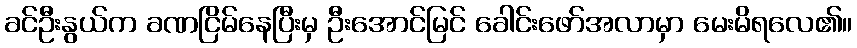
ခင်ဦးနွယ်က ခဏငြိမ်နေပြီးမှ ဦးအောင်မြင် ခေါင်းဖော်အလာမှာ မေးမိရလေ၏။